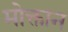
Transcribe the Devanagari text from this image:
मोक्तान